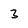
Character: 3